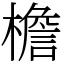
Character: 檐